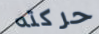
حركته